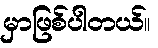
မှာဖြစ်ပါတယ်။